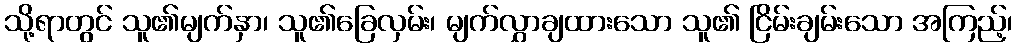
သို့ရာတွင် သူ၏မျက်နှာ၊ သူ၏ခြေလှမ်း၊ မျက်လွှာချထားသော သူ၏ ငြိမ်းချမ်းသော အကြည့်၊